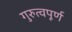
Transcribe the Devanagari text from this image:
गुरुत्वपूर्ण